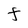
Character: F